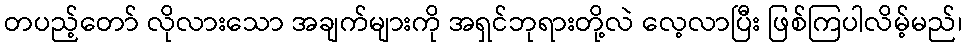
တပည့်တော် လိုလားသော အချက်များကို အရှင်ဘုရားတို့လဲ လေ့လာပြီး ဖြစ်ကြပါလိမ့်မည်၊